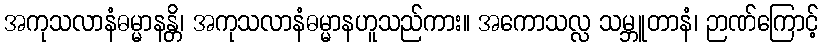
အကုသလာနံဓမ္မာနန္တိ၊ အကုသလာနံဓမ္မာနဟူသည်ကား။ အကောသလ္လ သမ္ဘူတာနံ၊ ဉာဏ်ကြောင့်